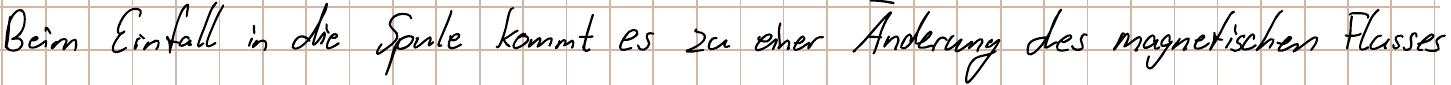
Beim Einfall in die Spule kommt es zu einer Änderung des magnetischen Flusses